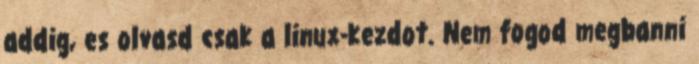
addig, es olvasd csak a linux-kezdot. Nem fogod megbanni